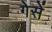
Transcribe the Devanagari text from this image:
गेसें